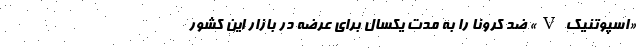
«اسپوتنیک V» ضد کرونا را به مدت یکسال برای عرضه در بازار این کشور